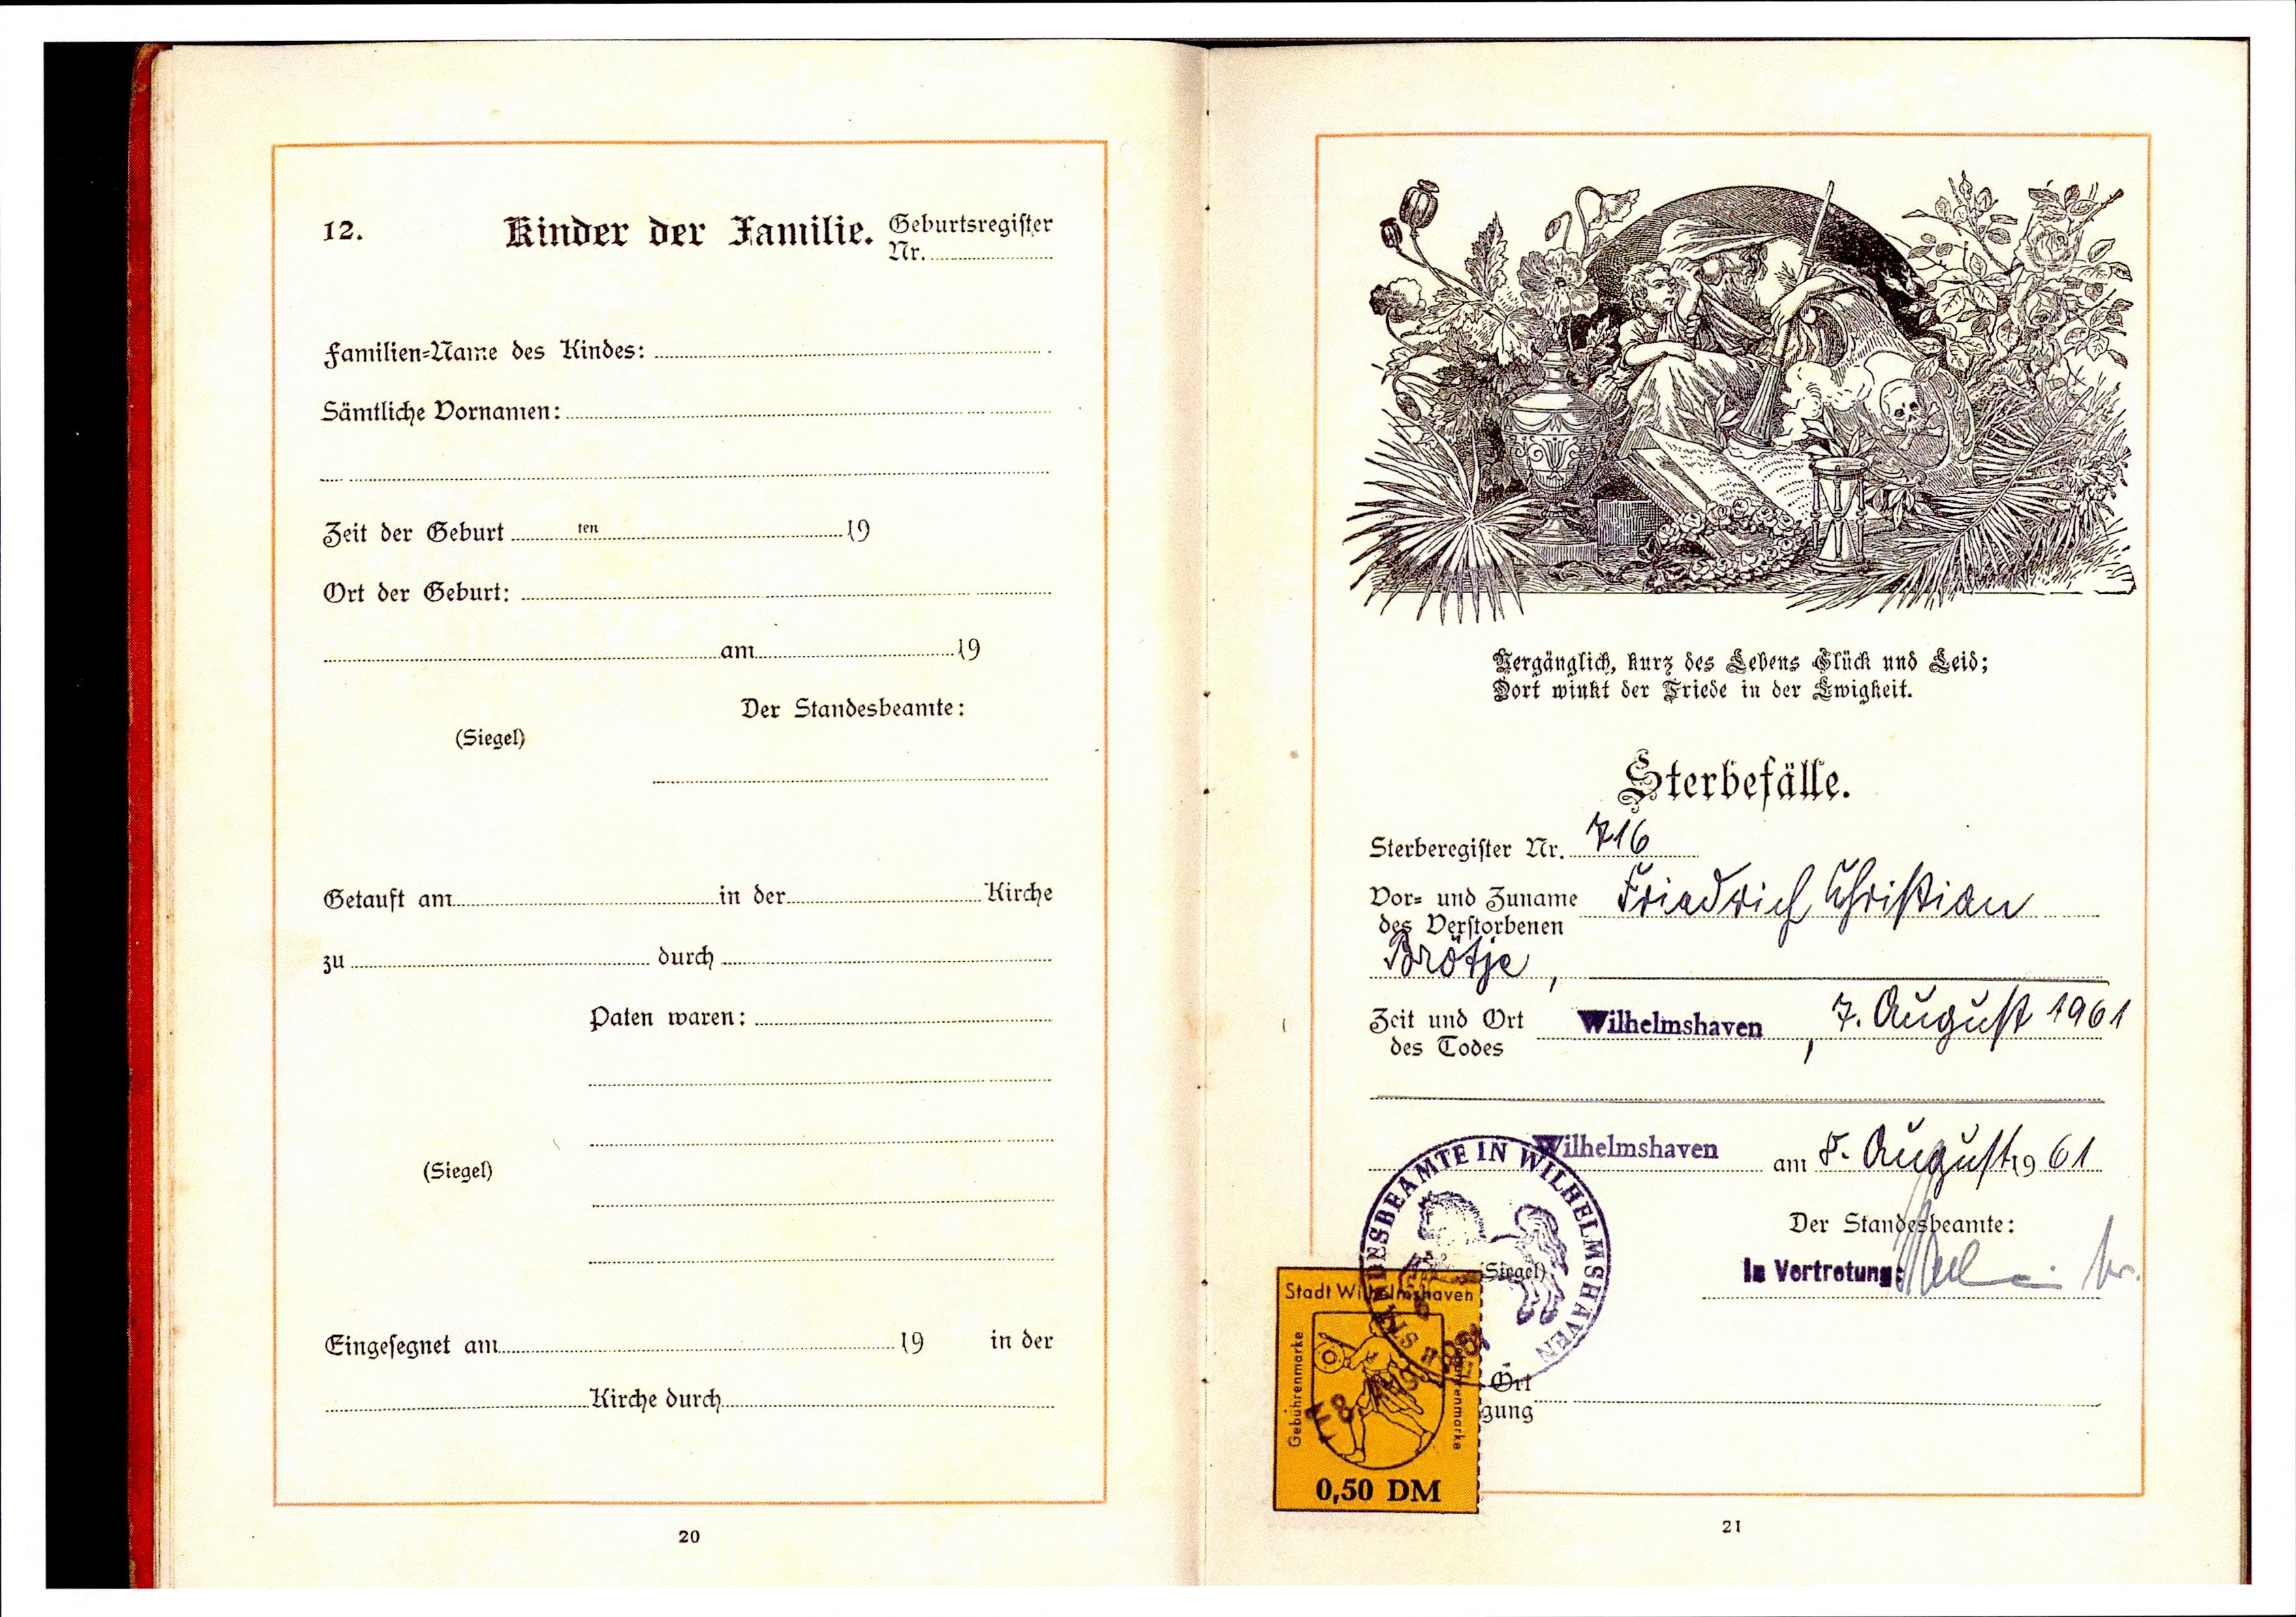
716
Friedrich Christian
Brötje
7. August 1961
8. August 1961